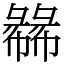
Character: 㣈